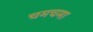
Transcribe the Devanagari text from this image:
चमचमा